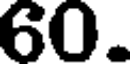
60.